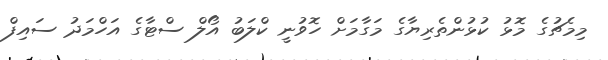
މިމެޗުގެ މޮޅު ކުޅުންތެރިޔާގެ މަގާމަށް ހޮވުނީ ކްލަބު އޯލް ސްޓާގެ އަހްމަދު ސައިފް